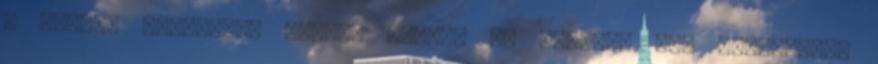
a magyar pörköltet evett, amikor az európai még köleskását